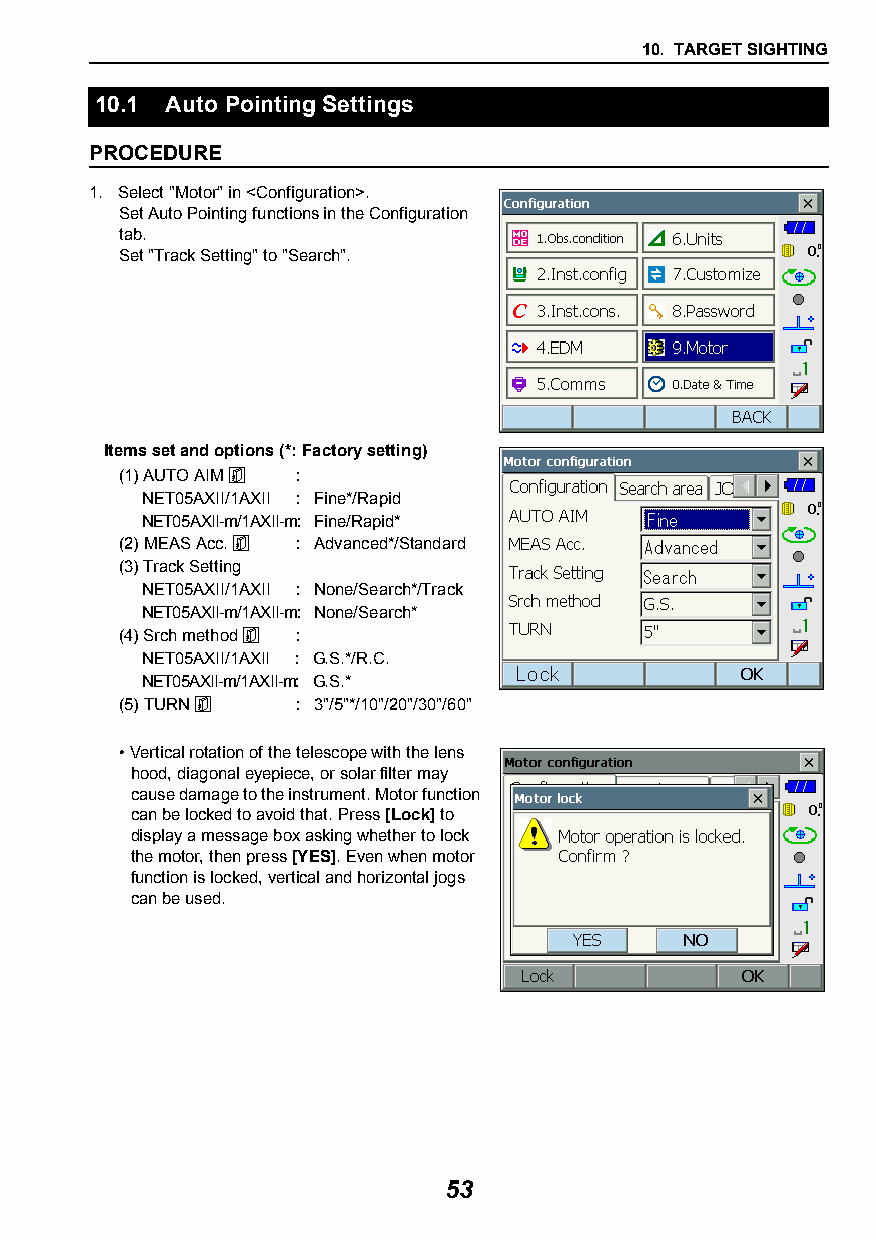
10. TARGET SIGHTING
 10.1 Auto Pointing Settings
 PROCEDURE
 1. Select "Motor" in <Configuration>.
 Set Auto Pointing functions in the Configuration
 tab.
 Set "Track Setting" to "Search".
 Items set and options (*: Factory setting)
 (1) AUTO AIM  :
 NET05AXII/1AXII : Fine*/Rapid
 NET05AXII-m/1AXII-m: Fine/Rapid*
 (2) MEAS Acc.  : Advanced*/Standard
 (3) Track Setting
 NET05AXII/1AXII : None/Search*/Track
 NET05AXII-m/1AXII-m: None/Search*
 (4) Srch method  :
 NET05AXII/1AXII : G.S.*/R.C.
 NET05AXII-m/1AXII-m: G.S.*
 (5) TURN   : 3"/5"*/10"/20"/30"/60"
 •Vertical rotation of the telescope with the lens
 hood, diagonal eyepiece, or solar filter may
 cause damage to the instrument. Motor function
 can be locked to avoid that. Press [Lock] to
 display a message box asking whether to lock
 the motor, then press [YES]. Even when motor
 function is locked, vertical and horizontal jogs
 can be used.
 53